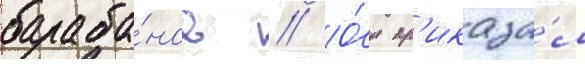
бараба́нов // О́н пр'иказа́л